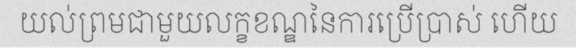
យល់ព្រមជាមួយលក្ខខណ្ឌនៃការប្រើប្រាស់ ហើយ